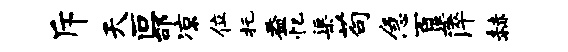
斥天叵邰凉位托益忆渠苟急百渠淬赫